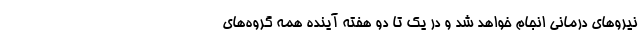
نیروهای درمانی انجام خواهد شد و در یک تا دو هفته آینده همه گروه‌های